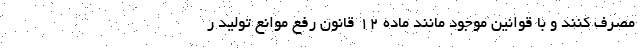
مصرف کنند و با قوانین موجود مانند ماده ۱۲ قانون رفع موانع تولید ر